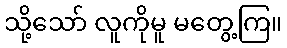
သို့သော် လူကိုမူ မတွေ့ကြ။